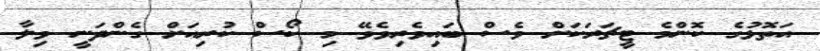
އަތޮޅުގެ ކޮންމެ ޓީޗަރަކަށް ވެސް ބައިވެރިވެވޭ މި ކޯސް ކުރިއަށް ގެންދަނީ ވިލާ